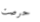
حرصت